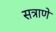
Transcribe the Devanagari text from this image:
सत्राणे